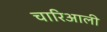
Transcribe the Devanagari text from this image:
चारिआली